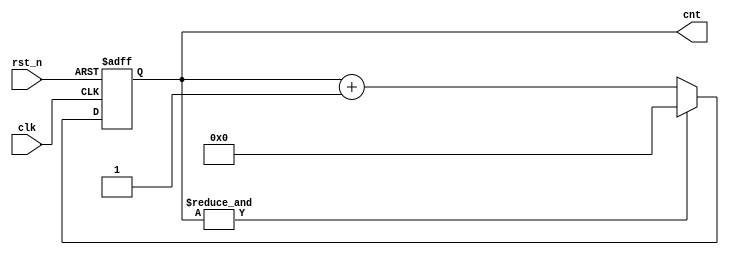

module cnt16 ( 
  clk, 
  rst_n, 
  cnt 
);
  input          clk;
  input          rst_n;
  output  [3:0]  cnt;
  
  reg     [3:0]  cnt;
  always @( posedge clk or negedge rst_n ) begin 
    if ( ~rst_n ) begin
      cnt    <= 4'b0000;          
    end
    else if ( &cnt ) begin
      cnt    <= 4'b0000;
    end
    else begin
      cnt    <=  cnt + 4'b0001;         
    end
  end

endmodule